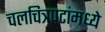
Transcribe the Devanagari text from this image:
चलचित्रपटांमध्ये